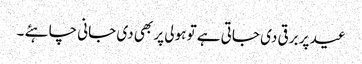
عید پر برقی دی جاتی ہے تو ہولی پر بھی دی جانی چاہئے ۔